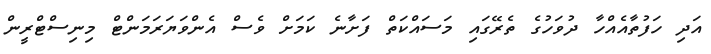
އަދި ހަފުތާއެއްހާ ދުވަހުގެ ތެރޭގައި މަސައްކަތް ފަށާނެ ކަމަށް ވެސް އެންވަޔަރަމަންޓް މިނިސްޓްރީން